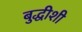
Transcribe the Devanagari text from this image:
बुद्धीशी